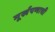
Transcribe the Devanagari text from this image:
मूर्खपणाची